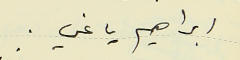
ابراهيم ياغي.